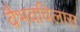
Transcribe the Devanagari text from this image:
वैभवविलास